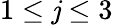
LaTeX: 1\leq\mathit{j}\leq3